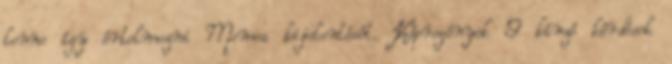
lenne így értelmezni Momoa kijelentését. Képregények 9 kínzó kérdések